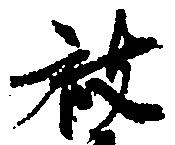
被